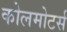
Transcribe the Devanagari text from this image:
कोलमोटर्स